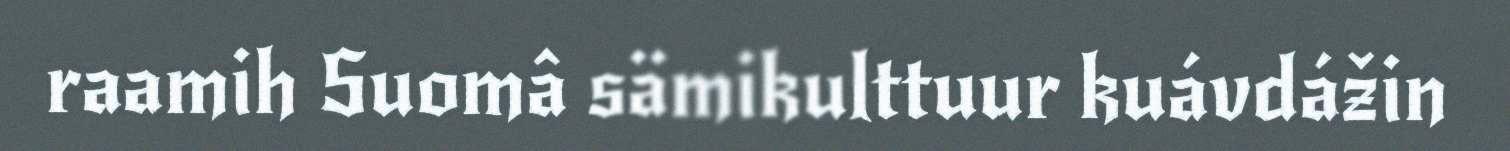
raamih Suomâ sämikulttuur kuávdážin